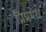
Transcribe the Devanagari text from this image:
प्रियमेध